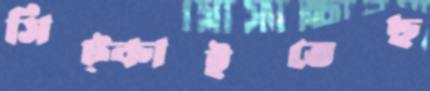
সিট্‌কাইতেছ